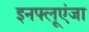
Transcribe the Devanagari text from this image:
इनफ्लूएंजा